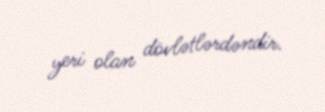
yeri olan dövlətlərdəndir.